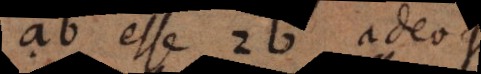
ab esse 2b adeoque